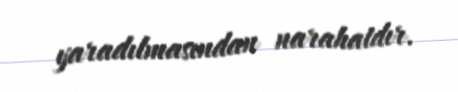
yaradılmasından narahatdır.